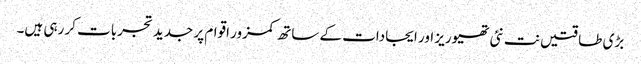
بڑی طاقتیں نت نئی تھیوریز اور ایجادات کے ساتھ کمزور اقوام پر جدید تجربات کر رہی ہیں۔